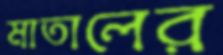
মাতালের